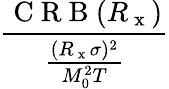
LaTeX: \frac{\mathrm{~C~R~B~}(R_{\mathrm{~x~}})}{\frac{(R_{\mathrm{~x~}}\sigma)^{2}}{M_{0}^{2}T}}